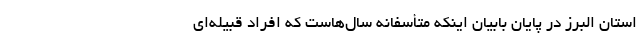
استان البرز در پایان بابیان اینکه متأسفانه سال‌هاست که افراد قبیله‌ای